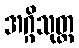
အဂ္ဂိသုတ္တ